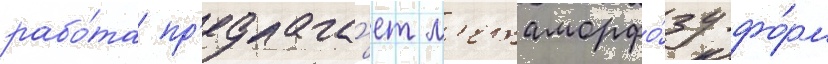
рабо́та пр'едлага́ет м'етаморфо́зу фо́рм